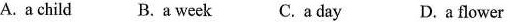
A. a child B. A week C. A day D.a flower